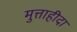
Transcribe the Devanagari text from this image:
मुत्ताहीदा